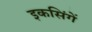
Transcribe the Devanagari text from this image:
इकसिंगें